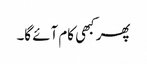
پھر کبھی کام آئے گا۔